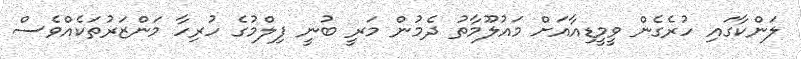
ލަންކާގައި ހުރެގެން ވީމީޑިއާއަށް މައުލޫމާތު ދެމުން މަރީ ބުނީ ފިލްމުގެ ހުރިހާ މަންޒަރުތަކެއްވެސް